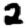
Digit: 2